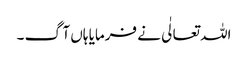
اللہ تعالٰی نے فرمایا ہاں آگ ۔